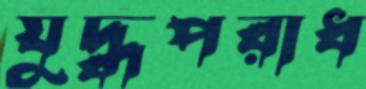
যুদ্ধপরাধ